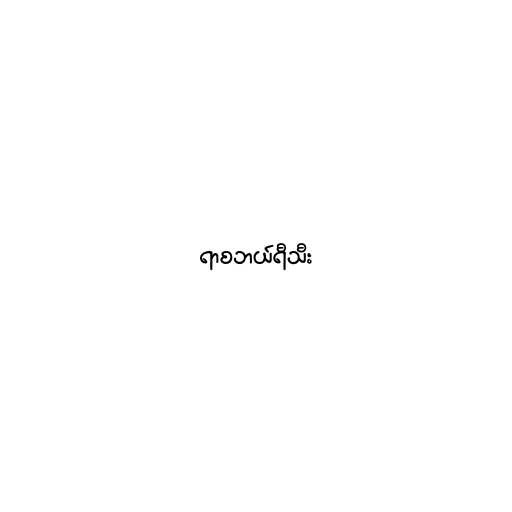
ရာစဘယ်ရီသီး